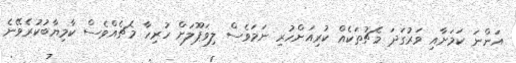
އަންނަ ކަމަށާއި ވަރުގަދަ މެޗުތަކެއް ކުރިއަށްހުރި ނަމަވެސް ލިވަޕޫލަށް ހުރިހާ މެޗެއްވެސް ކާމިޔާބުކުރެވޭނެ